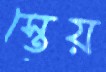
স্তেয়